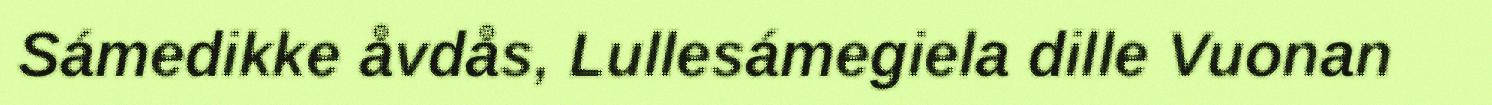
Sámedikke åvdås, Lullesámegiela dille Vuonan